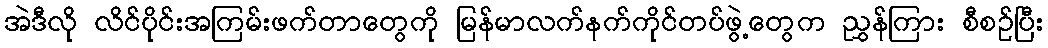
အဲဒီလို လိင်ပိုင်းအကြမ်းဖက်တာတွေကို မြန်မာလက်နက်ကိုင်တပ်ဖွဲ့တွေက ညွှန်ကြား စီစဉ်ပြီး